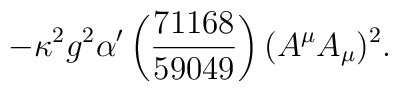
-\kappa^2 g^2 \alpha' \left(\frac{71168}{59049}  \right) (A^\mu A_\mu)^2.